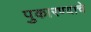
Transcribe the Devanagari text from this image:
पुकारण्याचे